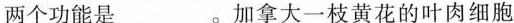
两个功能是___。加拿大一枝黄花的叶肉细胞